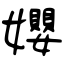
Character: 孆